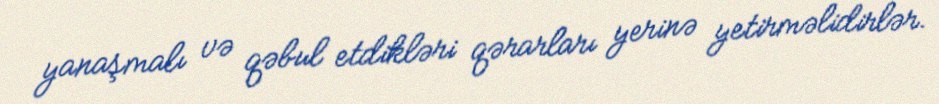
yanaşmalı və qəbul etdikləri qərarları yerinə yetirməlidirlər.